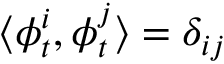
\langle \boldsymbol { \phi } _ { t } ^ { i } , \boldsymbol { \phi } _ { t } ^ { j } \rangle = \delta _ { i j }